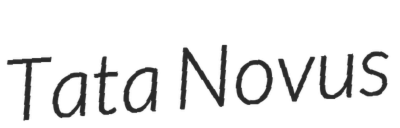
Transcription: Tata Novus